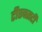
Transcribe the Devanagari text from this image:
टीएक्सटी